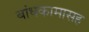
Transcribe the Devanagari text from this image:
बांधकामासह